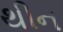
થીન